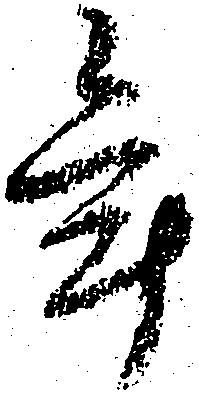
年